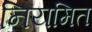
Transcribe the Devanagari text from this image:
नियमित